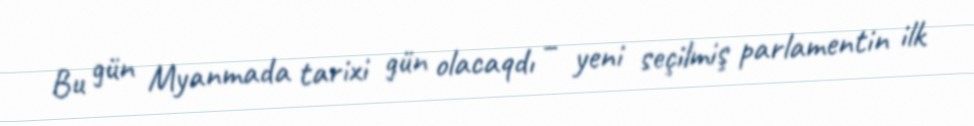
Bu gün Myanmada tarixi gün olacaqdı – yeni seçilmiş parlamentin ilk